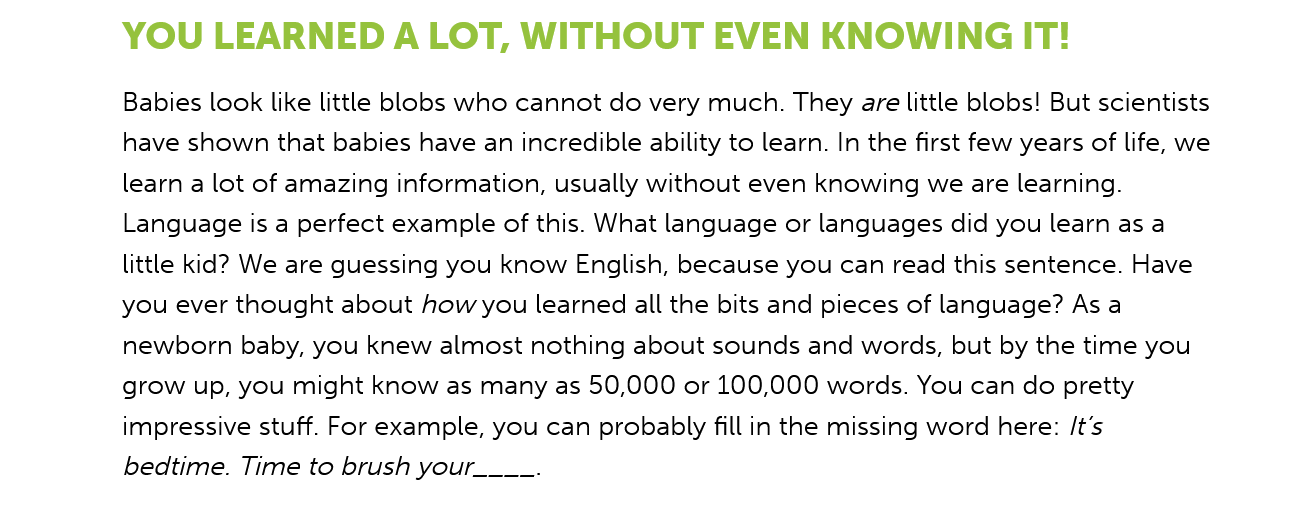
Babies look like little blobs who cannot do very much. They are little blobs! But scientists
     have shown that babies have an incredible ability to learn. In the first few years of life, we
     learn a lot of amazing information, usually without even knowing we are learning.
     Language is a perfect example of this. What language or languages did you learn as a
     little kid? We are guessing you know English, because you can read this sentence. Have
     you ever thought about how you learned all the bits and pieces of language? As a
     newborn  baby, you knew almost nothing about sounds and words, but by the time you
     grow up, you might know as many as 50,000 or 100,000 words. You can do pretty
     impressive stuff. For example, you can probably fill in the missing word here: /t’s
     bedtime. Time to brush your____.
     YOU    LEARNED   A    LOT,  WITHOUT    EVEN    KNOWING    IT!